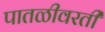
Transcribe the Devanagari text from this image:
पातळीवरती